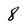
Character: 8